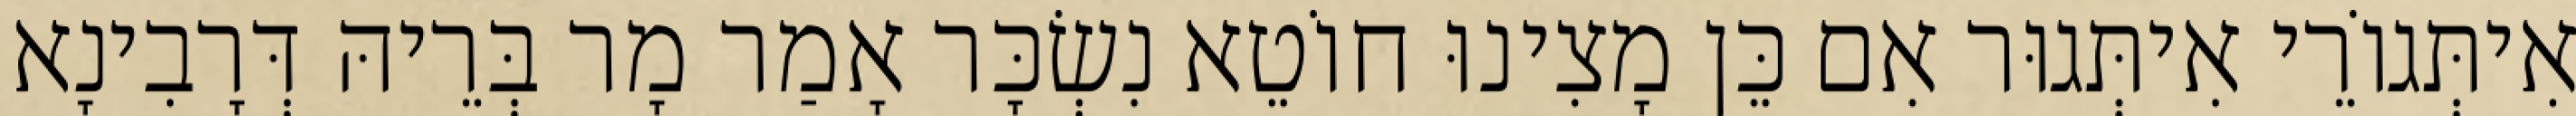
אִיתְּגוֹרֵי אִיתְּגוּר אִם כֵּן מָצִינוּ חוֹטֵא נִשְׂכָּר אָמַר מָר בְּרֵיהּ דְּרָבִינָא